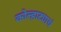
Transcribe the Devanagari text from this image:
कोल्हाट्याचं